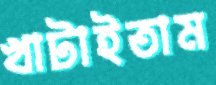
খাটাইতাম